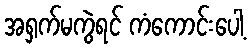
အရှက်မကွဲရင် ကံကောင်းပေါ့